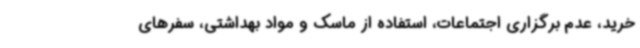
خرید، عدم برگزاری اجتماعات، استفاده از ماسک و مواد بهداشتی، سفرهای